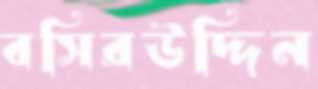
বসিরউদ্দিন